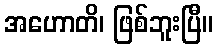
အဟောတိ၊ ဖြစ်ဘူးပြီ။